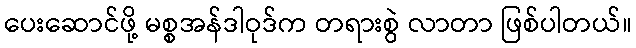
ပေးဆောင်ဖို့ မစ္စအန်ဒါဝုဒ်က တရားစွဲ လာတာ ဖြစ်ပါတယ်။